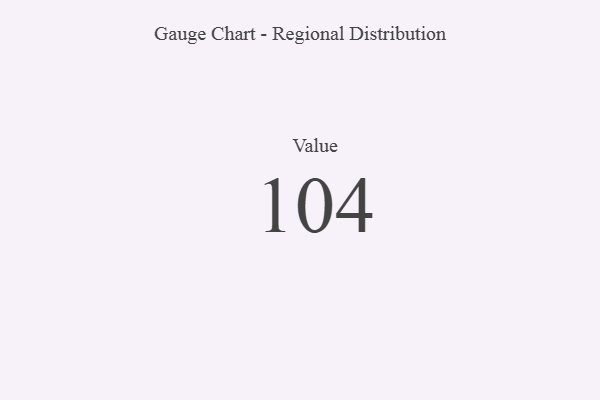
{"axis": {"x": "Metric", "y": "Value"}, "legend": [""], "data": [{"x": "Value", "y": 104, "type": ""}]}